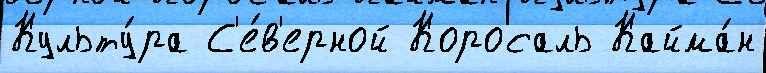
Культу́ра С'е́в'ерной Коросаль Кайма́н